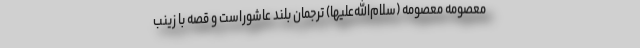
معصومه معصومه (سلام‌الله‌علیها) ترجمان بلند عاشوراست و قصه با زينب